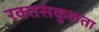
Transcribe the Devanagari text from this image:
रक्तसंकुलता